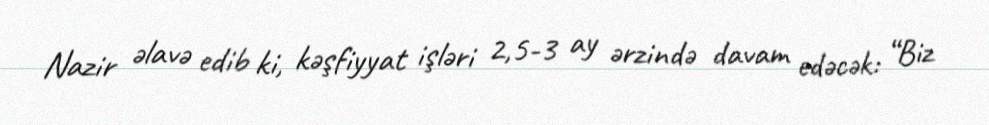
Nazir əlavə edib ki, kəşfiyyat işləri 2,5-3 ay ərzində davam edəcək: “Biz